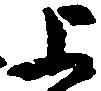
上